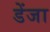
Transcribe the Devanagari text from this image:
डेंजा